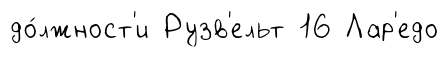
до́лжност'и Рузв'ельт 16 Лар'едо